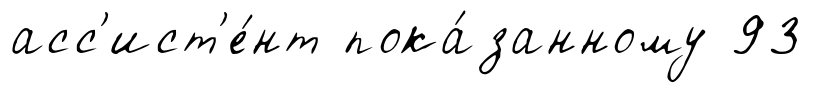
асс'ист'е́нт пока́занному 93